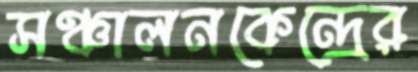
সঞ্চালনকেন্দ্রের